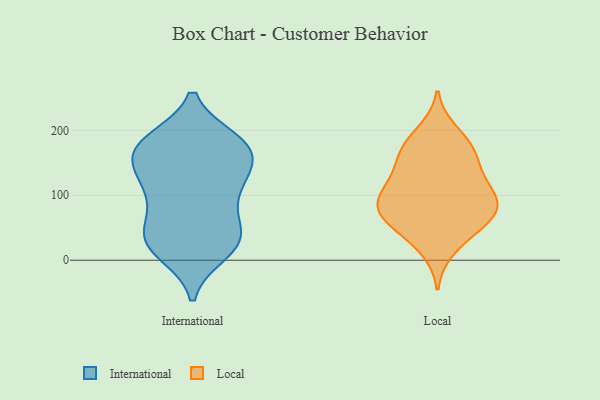
{"axis": {"x": "Active Users", "y": "Value"}, "legend": ["International", "Local"], "data": [{"x": "", "y": 184, "type": "International"}, {"x": "", "y": 45, "type": "International"}, {"x": "", "y": 137, "type": "International"}, {"x": "", "y": 160, "type": "International"}, {"x": "", "y": 32, "type": "International"}, {"x": "", "y": 183, "type": "International"}, {"x": "", "y": 180, "type": "International"}, {"x": "", "y": 174, "type": "International"}, {"x": "", "y": 92, "type": "International"}, {"x": "", "y": 31, "type": "International"}, {"x": "", "y": 34, "type": "International"}, {"x": "", "y": 162, "type": "International"}, {"x": "", "y": 112, "type": "International"}, {"x": "", "y": 139, "type": "International"}, {"x": "", "y": 16, "type": "International"}, {"x": "", "y": 43, "type": "International"}, {"x": "", "y": 12, "type": "International"}, {"x": "", "y": 176, "type": "International"}, {"x": "", "y": 116, "type": "International"}, {"x": "", "y": 93, "type": "International"}, {"x": "", "y": 139, "type": "Local"}, {"x": "", "y": 86, "type": "Local"}, {"x": "", "y": 18, "type": "Local"}, {"x": "", "y": 175, "type": "Local"}, {"x": "", "y": 47, "type": "Local"}, {"x": "", "y": 161, "type": "Local"}, {"x": "", "y": 84, "type": "Local"}, {"x": "", "y": 109, "type": "Local"}, {"x": "", "y": 67, "type": "Local"}, {"x": "", "y": 92, "type": "Local"}, {"x": "", "y": 197, "type": "Local"}, {"x": "", "y": 172, "type": "Local"}, {"x": "", "y": 55, "type": "Local"}, {"x": "", "y": 100, "type": "Local"}, {"x": "", "y": 130, "type": "Local"}, {"x": "", "y": 71, "type": "Local"}]}